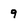
Character: 9